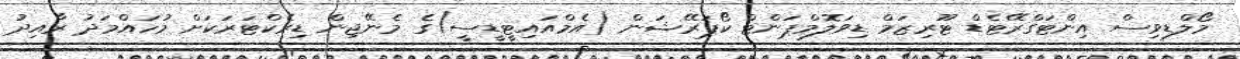
މޯލްޑިވިސް އިންޓަގްރޭޓެޑް ޓޫރިޒަމް ޑިވަލޮމްޕަންޓް ކޯޕަރޭޝަން (އެމްއައިޓީޑީސީ)ގެ މެނޭޖިން ޑިރެކްޓަރަކަށް މުހައްމަދު ރާއިދު